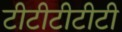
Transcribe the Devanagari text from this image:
टीटीटीटीटी